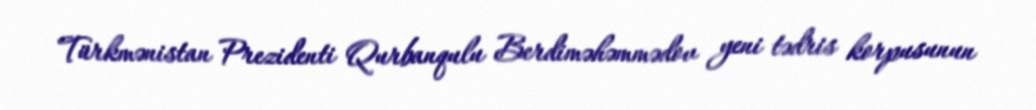
Türkmənistan Prezidenti Qurbanqulu Berdiməhəmmədov yeni tədris korpusunun